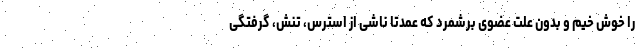
را خوش خیم و بدون علت عضوی برشمرد که عمدتا ناشی از استرس، تنش، گرفتگی